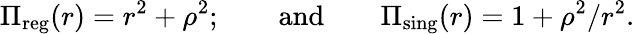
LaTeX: \Pi_{\mathrm{reg}}(r)=r^{2}+\rho^{2};\qquad\mathrm{and}\qquad\Pi_{\mathrm{sing}}(r)=1+\rho^{2}/r^{2}.